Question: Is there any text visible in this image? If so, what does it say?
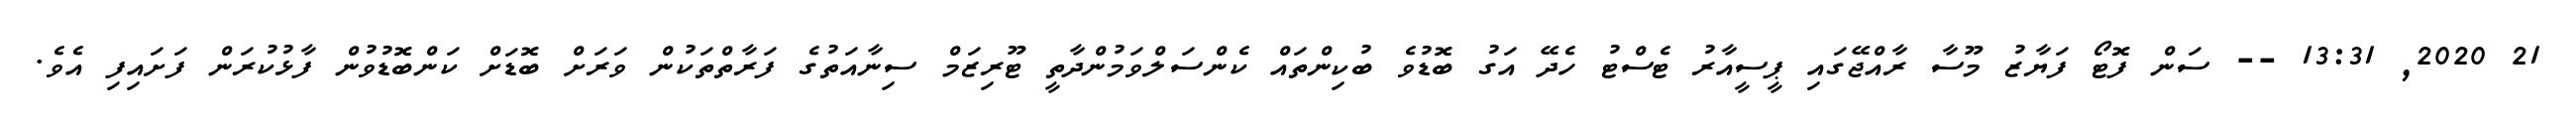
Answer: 21 2020, 13:31 -- ސަން ފޮޓޯ ފަޔާޒު މޫސާ ރާއްޖޭގައި ޕީސީއާރު ޓެސްޓު ހެދޭ އަގު ބޮޑުވެ ބުކިންތައް ކެންސަލްވަމުންދާތީ ޓޫރިޒަމް ސިނާއަތުގެ ފަރާތްތަކުން ވަރަށް ބޮޑަށް ކަންބޮޑުވުން ފާޅުކުރަން ފަށައިފި އެވެ.